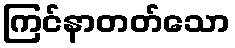
ကြင်နာတတ်သော